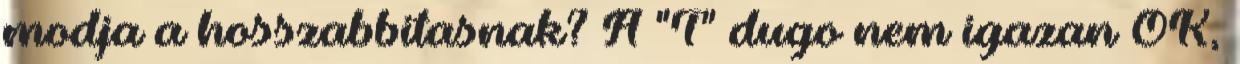
modja a hosszabbitasnak? A "T" dugo nem igazan OK,